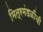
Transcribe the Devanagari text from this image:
मित्रमंडळींची